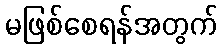
မဖြစ်စေရန်အတွက်